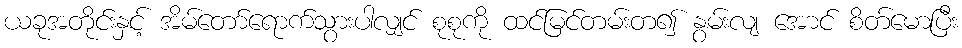
ယခုအတိုင်းနှင့် အိမ်တော်ရောက်သွားပါလျှင် စုစုကို ထင်မြင်တမ်းတ၍ နွမ်းလျ အောင် စိတ်မောပြီး